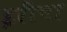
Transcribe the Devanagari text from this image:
इरींचा